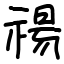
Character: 禓